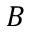
B